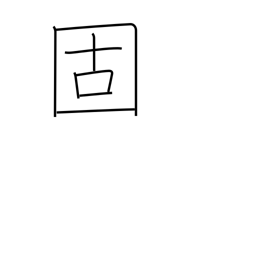
Meaning: set